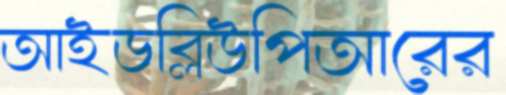
আইডব্লিউপিআরের